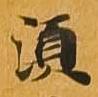
須